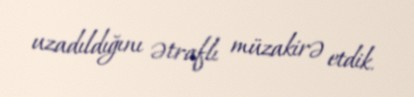
uzadıldığını ətraflı müzakirə etdik.